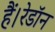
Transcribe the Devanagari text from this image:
हैं।रेडॉन